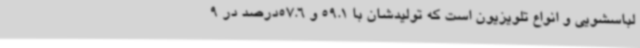
لباسشویی و انواع تلویزیون است که تولیدشان با 59.1 و 57.6درصد در 9